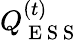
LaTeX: Q_{\mathrm{~E~S~S~}}^{(t)}